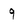
Character: 9